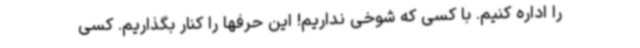
را اداره کنیم. با کسی که شوخی نداریم! این حرفها را کنار بگذاریم. کسی